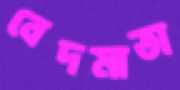
বেদমাতা